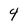
Character: 4